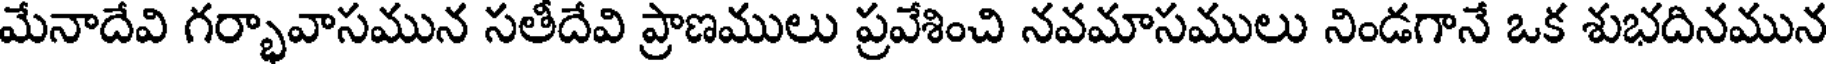
మేనాదేవి గర్భావాసమున సతీదేవి ప్రాణములు ప్రవేశించి నవమాసములు నిండగానే ఒక శుభదినమున